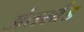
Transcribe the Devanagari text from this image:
अंतर्खंड